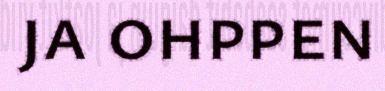
ja ohppen